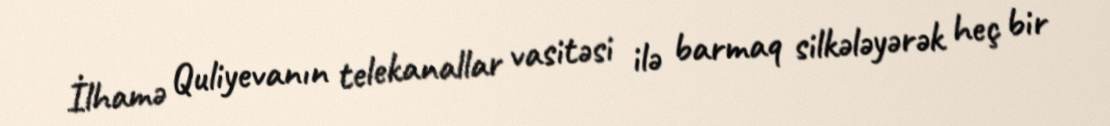
İlhamə Quliyevanın telekanallar vasitəsi ilə barmaq silkələyərək heç bir